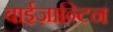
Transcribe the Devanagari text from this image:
बाईज़ान्टिन